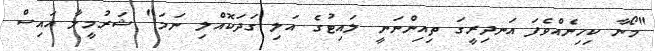
"މޯނާ ކިހިނެއްވެފަ އަނދިރީގަ ތިއިންނަނީ ލައިޓުގެ އަލި ގަދަކޮއްލި ނަމަ" ޝަރުމީލާ އައިސް